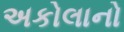
અકોલાનો